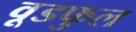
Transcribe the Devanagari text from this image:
वूडफुल